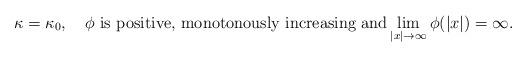
LaTeX: \begin{align*}\kappa=\kappa_0,\quad\phi\ \mbox{is positive, monotonously increasing and}\lim_{|x|\rightarrow\infty}\phi(|x|)=\infty.\end{align*}